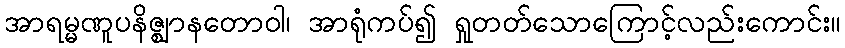
အာရမ္မဏူပနိဇ္ဈာနတောဝါ၊ အာရုံကပ်၍ ရှုတတ်သောကြောင့်လည်းကောင်း။